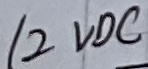
Text: 12VDC